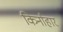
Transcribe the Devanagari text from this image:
किर्नाहार